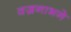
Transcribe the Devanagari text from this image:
वज्रनाभने